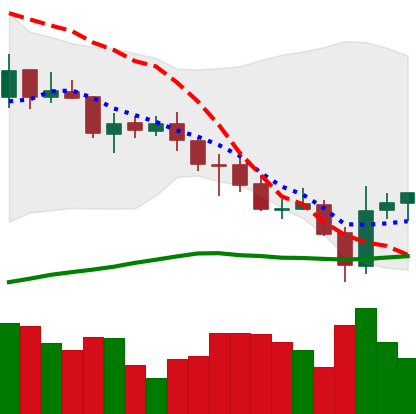
Ticker: ADA-USD
Chart end date: 2021-07-23
Forward return: 6.399%
Label: up_5_7